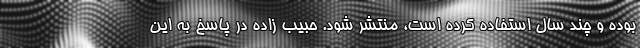
بوده و چند سال استفاده کرده است، منتشر شود. حبیب زاده در پاسخ به این